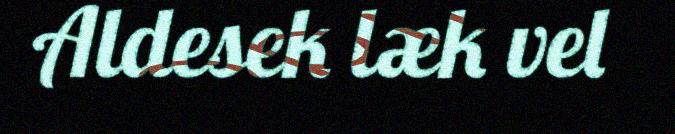
Aldesek læk vel